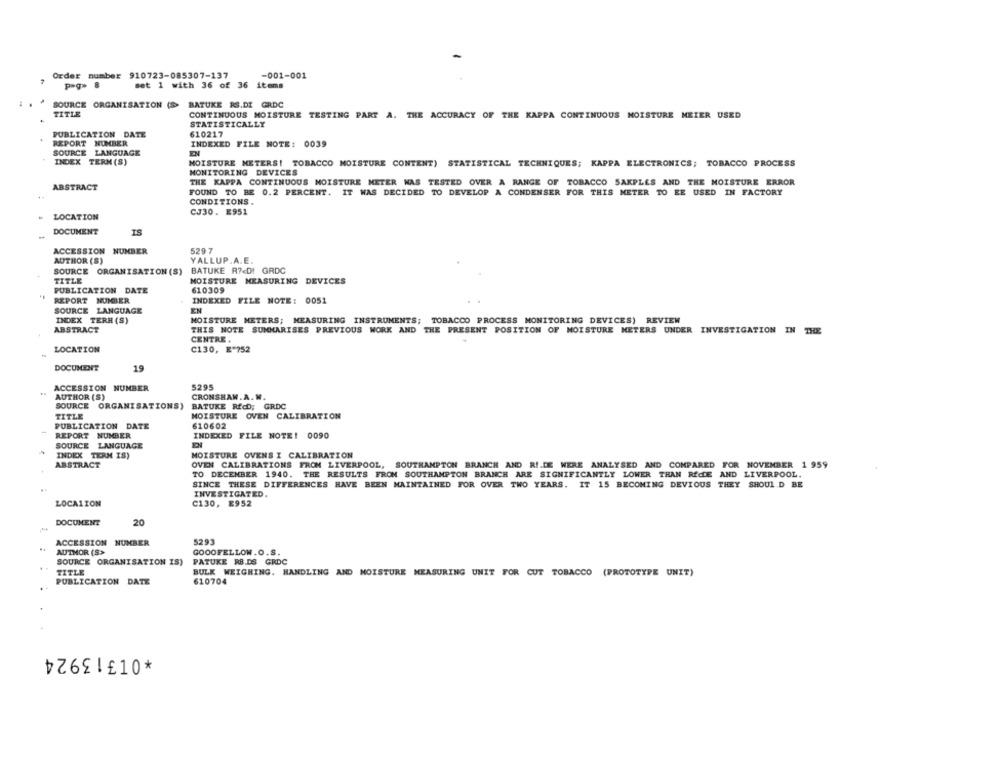
Order number 910723-085307-137
-001-001
pag. 8
set 1 with 36 of 36 items
SOURCE ORGANISATION (>> BATUKE RS.DI GRDC
TITLE
CONTINUOUS MOISTURE TESTING PART A. THE ACCURACY OF THE KAPPA CONTINUOUS MOISTURE METER USED
STATISTICALLY
PUBLICATION DATE
610217
REPORT NUMBER
INDEXED FILE NOTE: 0039
SOURCE LANGUAGE
EN
INDEX TERN (S)
MOISTURE METERS! TOBACCO MOISTURE CONTENT) STATISTICAL TECHNIQUES; KAPPA ELECTRONICS; TOBACCO PROCESS
MONITORING DEVICES
THE KAPPA CONTINUOUS MOISTURE METER WAS TESTED OVER A RANGE OF TOBACCO SAKPLES AND THE MOISTURE ERROR
ABSTRACT
FOUND TO BE 0.2 PERCENT. IT WAS DECIDED TO DEVELOP A CONDENSER FOR THIS METER TO EE USED IN FACTORY
CONDITIONS.
CJ30. £951
LOCATION
DOCUMENT
IS
ACCESSION NUMBER
5297
AUTHOR (S)
YALLUP.A.E.
SOURCE ORGANISATION (S) BATUKE R ?< DI GRDC
TITLE
MOISTURE MEASURING DEVICES
PUBLICATION DATE
610309
REPORT NUMBER
INDEXED FILE NOTE: 0051
SOURCE LANGUAGE
EN
INDEX TERH (S)
MOISTURE METERS; MEASURING INSTRUMENTS; TOBACCO PROCESS MONITORING DEVICES) REVIEW
ABSTRACT
THIS NOTE SUNNARISES PREVIOUS WORK AND THE PRESENT POSITION OF MOISTURE METERS UNDER INVESTIGATION IN THE
CENTRE.
LOCATION
C130, E-752
DOCUMENT
19
5295
ACCESSION NUMBER
AUTHOR (S)
CRONSHAW. A.W.
SOURCE ORGANISATIONS)
BATUKE RfcD; GRDC
TITLE
MOISTURE OVEN CALIBRATION
PUBLICATION DATE
610602
REPORT NUMBER
INDEXED FILE NOTE! 0090
SOURCE LANGUAGE
INDEX TERM IS)
MOISTURE OVENS I CALIBRATION
ABSTRACT
OVEN CALIBRATIONS FRON LIVERPOOL, SOUTHAMPTON BRANCH AND RI.DE WERE ANALYSED AND COMPARED FOR NOVEMBER 1 959
TO DECEMBER 1940. THE RESULTS FROM SOUTHAMPTON BRANCH ARE SIGNIFICANTLY LOWER THAN RECIE AND LIVERPOOL.
SINCE THESE DIFFERENCES HAVE BEEN MAINTAINED FOR OVER TWO YEARS. IT 15 BECOMING DEVIOUS THEY SHOULD BE
INVESTIGATED.
LOCA1ION
C130, E952
DOCUMENT
20
ACCESSION NUMBER
5293
AUTMOR (S>
GOOOFELLOW.O.S.
SOURCE ORGANISATION IS)
PATUKE RB.DS GRDC
TITLE
BULK WEIGHING. HANDLING AND MOISTURE MEASURING UNIT FOR CUT TOBACCO (PROTOTYPE UNIT)
PUBLICATION DATE
610704
*01313924